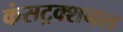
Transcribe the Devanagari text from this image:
कंसट्रक्शनल